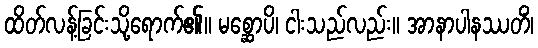
ထိတ်လန့်ခြင်းသို့ရောက်၏။ မစ္ဆောပိ၊ ငါးသည်လည်း။ အာနာပါနဿတိံ၊